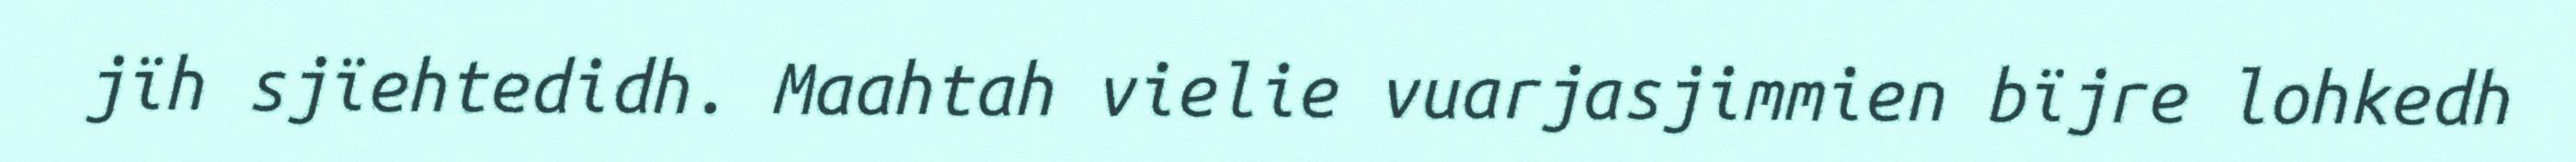
jïh sjïehtedidh. Maahtah vielie vuarjasjimmien bïjre lohkedh